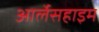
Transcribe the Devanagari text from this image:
आर्लेसहाइम